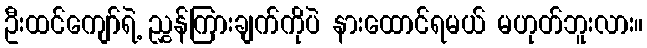
ဦးထင်ကျော်ရဲ့ ညွှန်ကြားချက်ကိုပဲ နားထောင်ရမယ် မဟုတ်ဘူးလား။